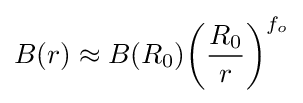
B(r)\approx B(R_{0}){\biggl (}{\frac {R_{0}}{r}}{\biggr )}^{f_{o}}